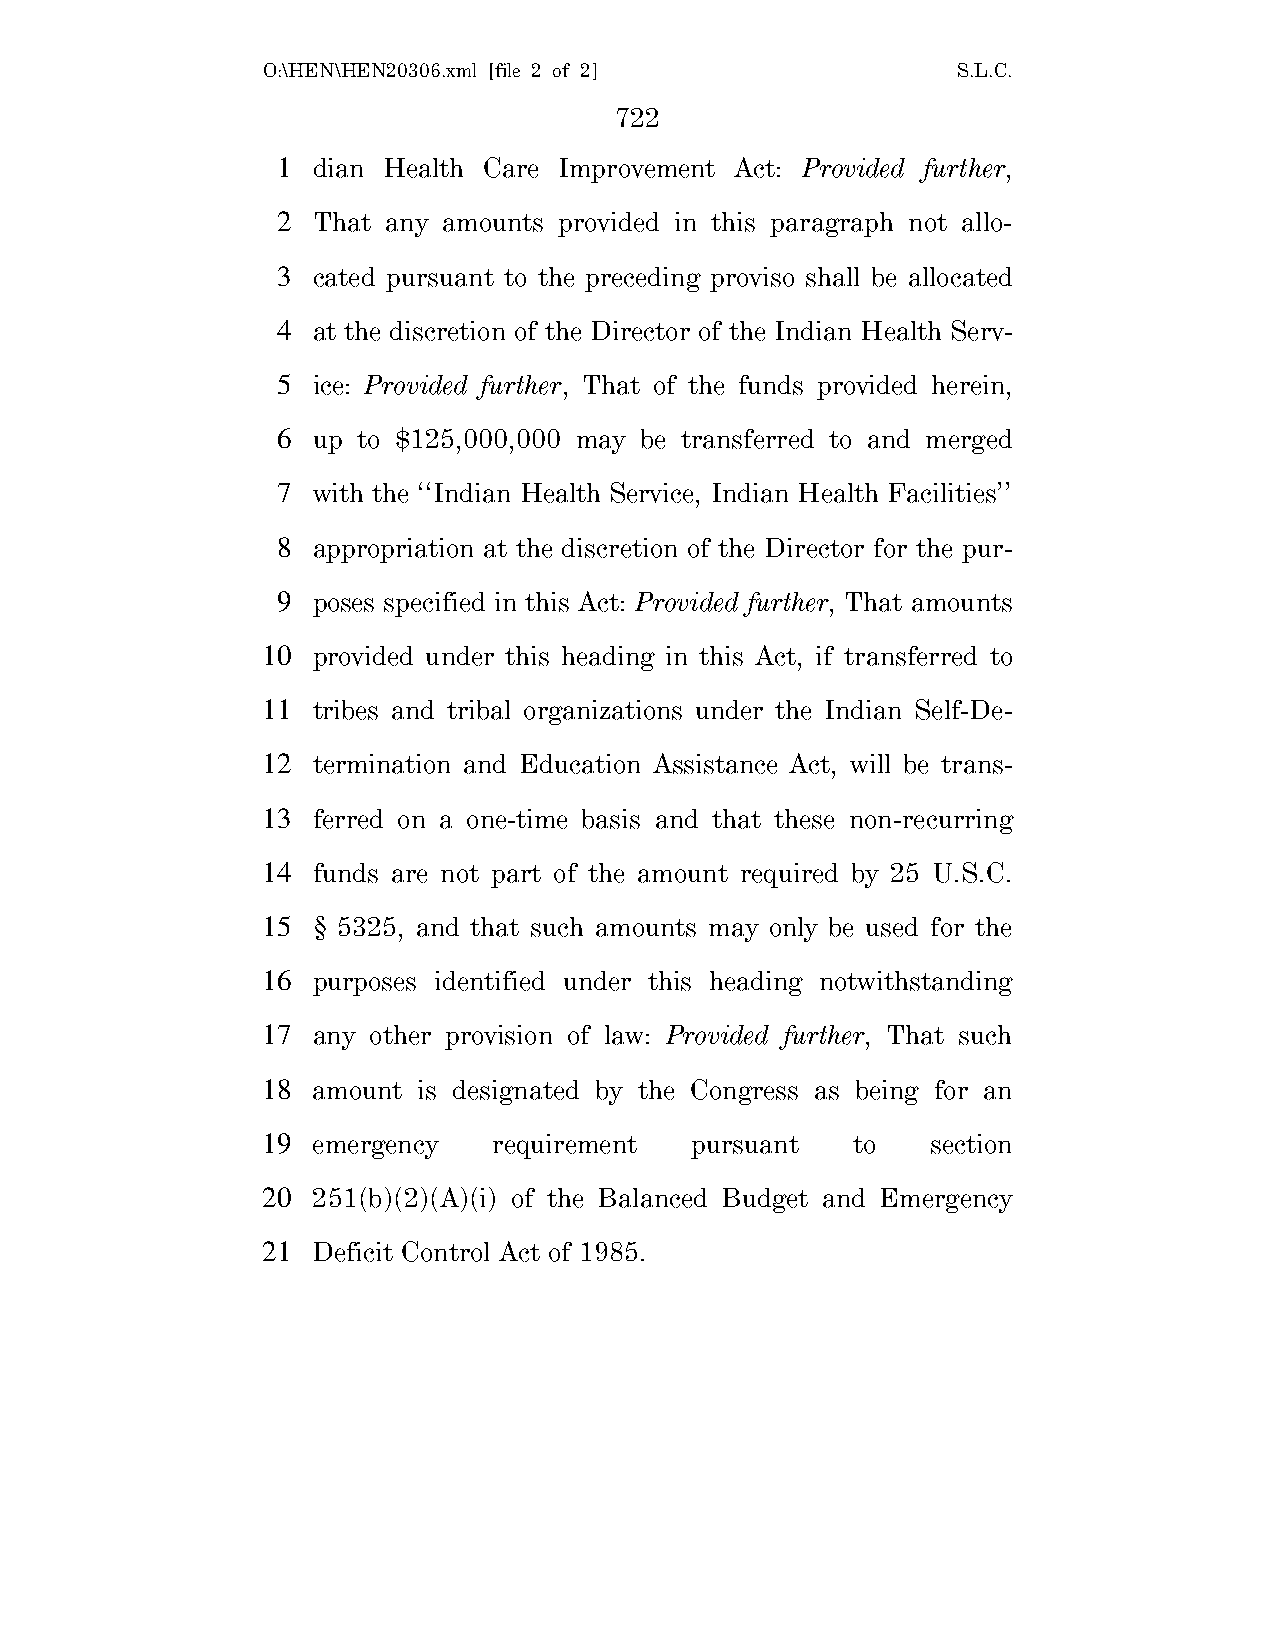
O:\HEN\HEN20306.xml [file 2 of 2]             S.L.C.
 722
 1  dian Health Care Improvement Act: Provided further,
 2  That any amounts provided in this paragraph not allo-
 3  cated pursuant to the preceding proviso shall be allocated
 4  at the discretion of the Director of the Indian Health Serv-
 5  ice: Provided further, That of the funds provided herein,
 6  up to $125,000,000 may be transferred to and merged
 7  with the ‘‘Indian Health Service, Indian Health Facilities’’
 8  appropriation at the discretion of the Director for the pur-
 9  poses specified in this Act: Provided further, That amounts
 10  provided under this heading in this Act, if transferred to
 11  tribes and tribal organizations under the Indian Self-De-
 12  termination and Education Assistance Act, will be trans-
 13  ferred on a one-time basis and that these non-recurring
 14  funds are not part of the amount required by 25 U.S.C.
 15  § 5325, and that such amounts may only be used for the
 16  purposes identified under this heading notwithstanding
 17  any other provision of law: Provided further, That such
 18  amount is designated by the Congress as being for an
 19  emergency   requirement  pursuant  to    section
 20  251(b)(2)(A)(i) of the Balanced Budget and Emergency
 21  Deficit Control Act of 1985.